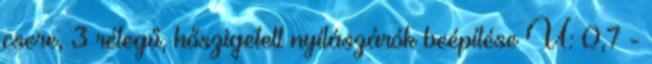
csere, 3 rétegű, hőszigetelt nyílászárók beépítése U: 0,7 -